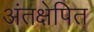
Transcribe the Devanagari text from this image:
अंतक्षेपित